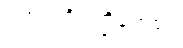
ဂဟပတိပဏ္ဍိတေပေ